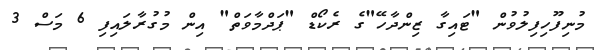
މުނިފޫހިފިލުވުން "ޓައިގާ ޒިންދާހޭ"ގެ ރެކޯޑް "ޕަދްމާވަތް" އިން މުގުރާލައިފި 6 މަސް 3